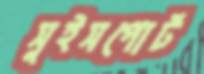
সুইসপোর্ট